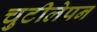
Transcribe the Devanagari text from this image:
चुटीलेपन